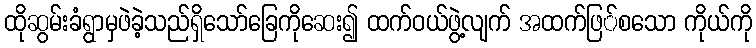
ထိုဆွမ်းခံရွာမှဖဲခဲ့သည်ရှိသော်ခြေကိုဆေး၍ ထက်ဝယ်ဖွဲ့လျက် အထက်ဖြ်စသော ကိုယ်ကို